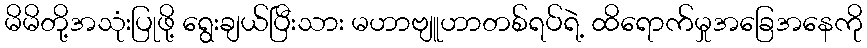
မိမိတို့အသုံးပြုဖို့ ရွေးချယ်ပြီးသား မဟာဗျူဟာတစ်ရပ်ရဲ့ ထိရောက်မှုအခြေအနေကို